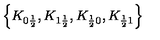
\left\{ K _ { 0 \frac { 1 } { 2 } } , K _ { 1 \frac { 1 } { 2 } } , K _ { \frac { 1 } { 2 } 0 } , K _ { \frac { 1 } { 2 } 1 } \right\}